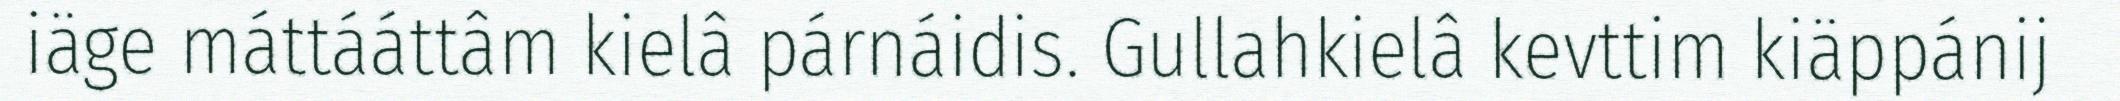
iäge máttááttâm kielâ párnáidis. Gullahkielâ kevttim kiäppánij